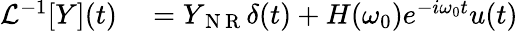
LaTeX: \begin{array}{r}{\begin{array}{rl}{\mathcal{L}^{-1}[Y](t)}&{{}=Y_{\mathrm{~N~R~}}\delta(t)+H(\omega_{0})e^{-i\omega_{0}t}u(t)}\end{array}}\end{array}